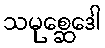
သမုစ္ဆေဒေါ